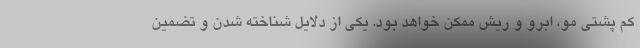
کم پشتی مو، ابرو و ریش ممکن خواهد بود. یکی از دلایل شناخته شدن و تضمین